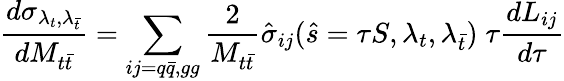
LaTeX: \frac{d\sigma_{\lambda_{t},\lambda_{\bar{t}}}}{dM_{t\bar{t}}}=\sum_{ij=q\bar{q},gg}\frac{2}{M_{t\bar{t}}}\hat{\sigma}_{ij}(\hat{s}=\tau S,\lambda_{t},\lambda_{\bar{t}})\; \tau\frac{dL_{ij}}{d\tau}